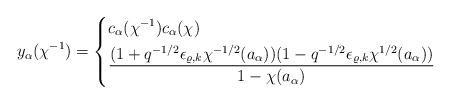
LaTeX: \begin{align*}y_{\alpha}(\chi^{-1})=\begin{dcases}c_{\alpha}(\chi^{-1})c_{\alpha}(\chi)&\\\frac{(1+q^{-1/2}\epsilon_{\varrho,k}\chi^{-1/2}(a_{\alpha}))(1-q^{-1/2}\epsilon_{\varrho,k}\chi^{1/2}(a_{\alpha}))}{1-\chi(a_{\alpha})}&\end{dcases}\end{align*}